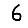
Digit: 6